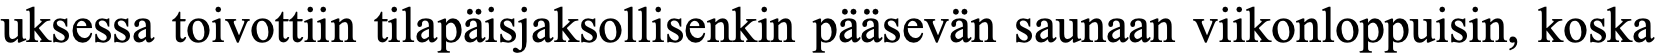
uksessa toivottiin tilapäisjaksollisenkin pääsevän saunaan viikonloppuisin, koska